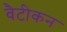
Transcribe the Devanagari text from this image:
वैटीकन